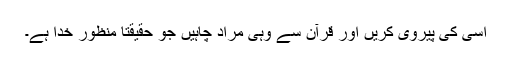
اُسی کی پیروی کریں اور قرآن سے وہی مراد چاہیں جو حقیقتاً منظورِ خدا ہے۔